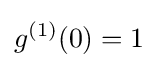
g^{(1)}(0)=1